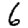
Digit: 6